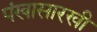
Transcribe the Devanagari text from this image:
पंखासारखी